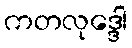
ကတလုဒ္ဒေါ